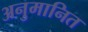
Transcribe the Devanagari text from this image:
अनुमानित